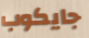
جايكوب